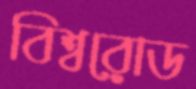
বিশ্বরোড